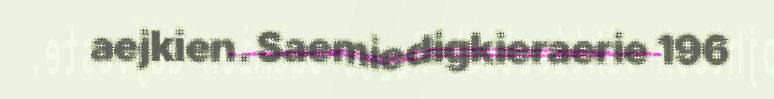
aejkien. Saemiedigkieraerie 196